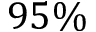
9 5 \%